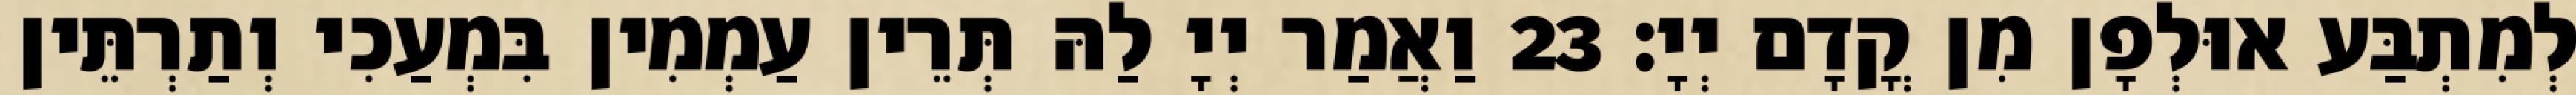
לְמִתְבַּע אוּלְפָן מִן קֳדָם יְיָ׃ 23 וַאֲמַר יְיָ לַהּ תְּרֵין עַמְמִין בִּמְעַכִי וְתַרְתֵּין